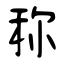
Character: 称